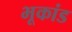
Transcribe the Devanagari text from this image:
भूकांड